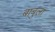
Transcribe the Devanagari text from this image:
बाबुला